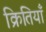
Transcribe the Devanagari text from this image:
क्रितियाँ